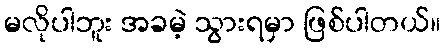
မလိုပါဘူး အခမဲ့ သွားရမှာ ဖြစ်ပါတယ်။